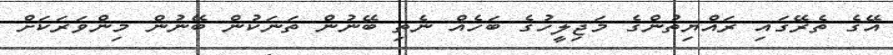
އޭގެ ތެރޭގައި ރައްޔިތުންގެ މަޖިލީހުގެ ބަހެއް ނެތި ބޭނުން ތަނަކުން ބޭނުން މިންވަރަކަށް